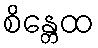
စိန္တေထ